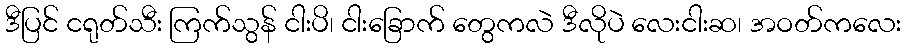
ဒီပြင် ငရုတ်သီး ကြက်သွန် ငါးပိ၊ ငါးခြောက် တွေကလဲ ဒီလိုပဲ လေးငါးဆ၊ အဝတ်ကလေး